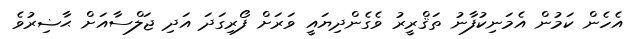
އެހެން ކަމުން އެމަނިކުފާނު ތަޤްރީރު ވެގެންދިޔައީ ވަރަށް ފޯރިގަދަ އަދި ޖަލްސާއަށް ޙާޟިރުވެ